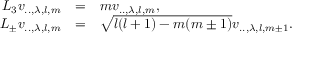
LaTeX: \begin{array} { r c l } { { L _ { 3 } v _ { . . , \lambda , l , m } } } & { { = } } & { { m v _ { . . , \lambda , l , m } , } } \\ { { L _ { \pm } v _ { . . , \lambda , l , m } } } & { { = } } & { { \sqrt { l ( l + 1 ) - m ( m \pm 1 ) } v _ { . . , \lambda , l , m \pm 1 } . } } \end{array}